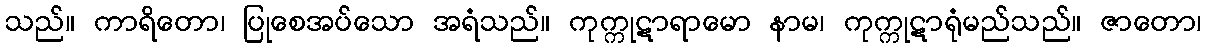
သည်။ ကာရိတော၊ ပြုစေအပ်သော အရံသည်။ ကုက္ကုဋာရာမော နာမ၊ ကုက္ကုဋာရုံမည်သည်။ ဇာတော၊